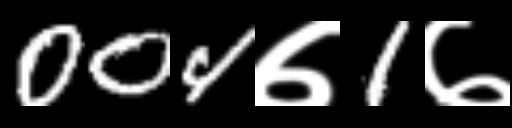
Text: 004७1७